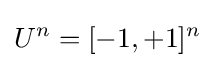
U^{n}=[-1,+1]^{n}